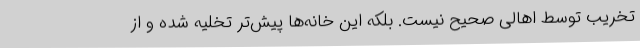
تخریب توسط اهالی صحیح نیست. بلکه این خانه‌ها پیش‌تر تخلیه شده و از